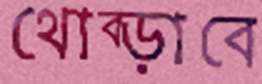
থোব্‌ড়াবে